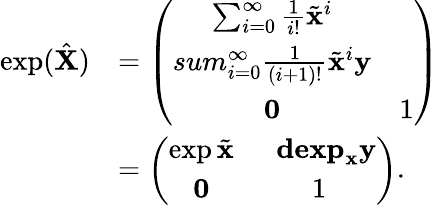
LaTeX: \begin{array}{rl}{\exp(\hat{\mathbf{X}})}&{=\left(\begin{array}{cc}{\sum_{i=0}^{\infty}\frac{1}{i!}\tilde{\mathbf{x}}^{i}}&{\ }\\ {sum_{i=0}^{\infty}\frac{1}{\left(i+1\right)!}\tilde{\mathbf{x}}^{i}\mathbf{y}}\\ {\mathbf{0}}&{1}\end{array}\right)}\\ &{=\left(\begin{array}{cc}{\exp\tilde{\mathbf{x}}}&{\ \ \mathbf{dexp}_{\mathbf{x}}\mathbf{y}}\\ {\mathbf{0}}&{1}\end{array}\right).}\end{array}